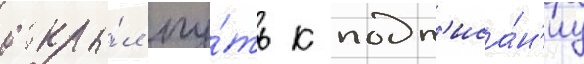
откры́л пу́ть к подп'иса́н'иу